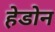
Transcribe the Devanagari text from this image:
हेडोन